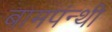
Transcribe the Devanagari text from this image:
बामपंन्थी